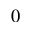
0